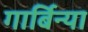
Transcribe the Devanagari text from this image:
गार्बिन्या